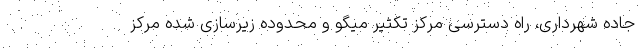
جاده شهرداری، راه دسترسی مرکز تکثیر میگو و محدوده زیرسازی شده مرکز